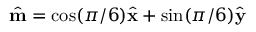
\hat { \mathbf { m } } = \cos ( \pi / 6 ) \hat { \mathbf { x } } + \sin ( \pi / 6 ) \hat { \mathbf { y } }